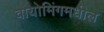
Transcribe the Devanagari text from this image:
वायोमिंगमधील